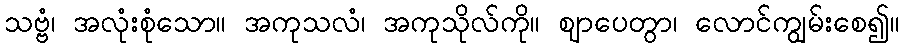
သဗ္ဗံ၊ အလုံးစုံသော။ အကုသလံ၊ အကုသိုလ်ကို။ ဈာပေတွာ၊ လောင်ကျွမ်းစေ၍။